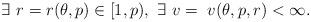
LaTeX: \begin{align*} \exists \ r = r(\theta,p) \in [1, p), \ \exists \ v = \ v(\theta,p,r) < \infty. \end{align*}